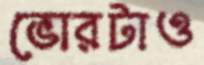
ভোরটাও